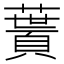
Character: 𩔎